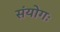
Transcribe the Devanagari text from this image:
संयोगः